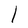
Character: l